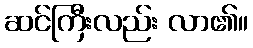
ဆင်ကြီးလည်း လာ၏။